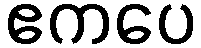
ဧကပေ